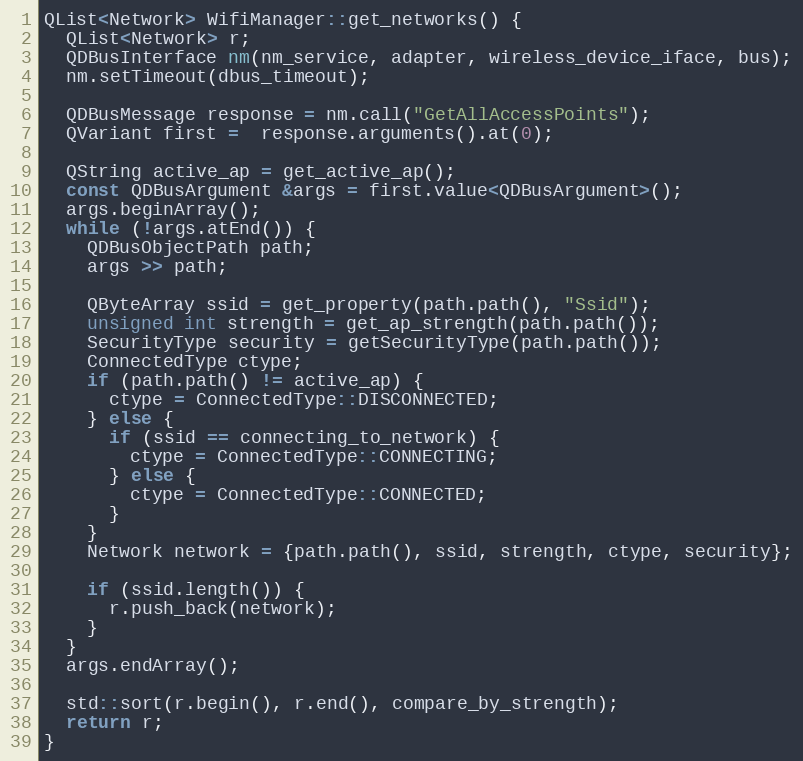
Language: C++
QList<Network> WifiManager::get_networks() {
  QList<Network> r;
  QDBusInterface nm(nm_service, adapter, wireless_device_iface, bus);
  nm.setTimeout(dbus_timeout);

  QDBusMessage response = nm.call("GetAllAccessPoints");
  QVariant first =  response.arguments().at(0);

  QString active_ap = get_active_ap();
  const QDBusArgument &args = first.value<QDBusArgument>();
  args.beginArray();
  while (!args.atEnd()) {
    QDBusObjectPath path;
    args >> path;

    QByteArray ssid = get_property(path.path(), "Ssid");
    unsigned int strength = get_ap_strength(path.path());
    SecurityType security = getSecurityType(path.path());
    ConnectedType ctype;
    if (path.path() != active_ap) {
      ctype = ConnectedType::DISCONNECTED;
    } else {
      if (ssid == connecting_to_network) {
        ctype = ConnectedType::CONNECTING;
      } else {
        ctype = ConnectedType::CONNECTED;
      }
    }
    Network network = {path.path(), ssid, strength, ctype, security};

    if (ssid.length()) {
      r.push_back(network);
    }
  }
  args.endArray();

  std::sort(r.begin(), r.end(), compare_by_strength);
  return r;
}